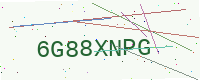
Text: 6G88XNPG